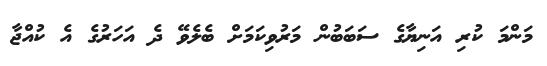
މަންމަ ކުރި އަނިޔާގެ ސަބަބުން މަރުވިކަމަށް ބެލެވޭ ދެ އަހަރުގެ އެ ކުއްޖާ